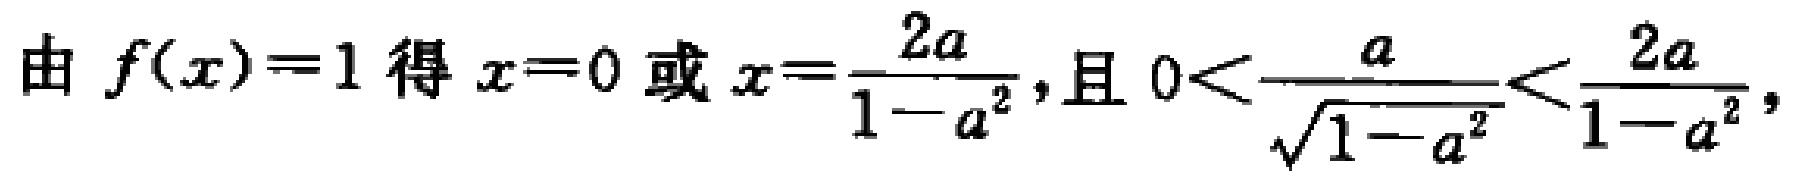
由 \(f(x)=1\) 得 \(x = 0\) 或 \(x=\frac{2a}{1 - a^{2}}\),且 \(0<\frac{a}{\sqrt{1 - a^{2}}}<\frac{2a}{1 - a^{2}}\),